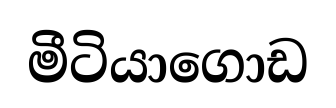
මීටියාගොඩ